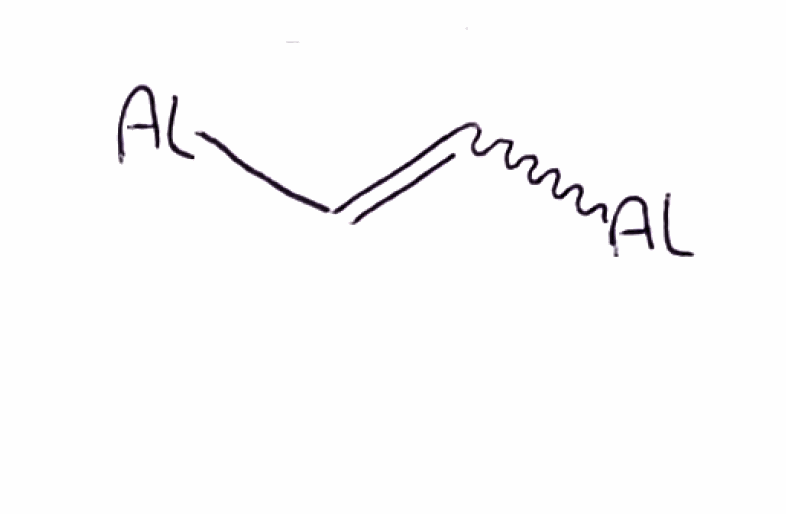
Simplified molecular-input line-entry system (SMILES) notation of the given molecule:
C(=C[Al])[Al]